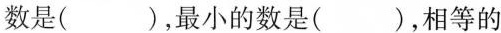
数是()，最小的数是()，相等的